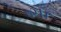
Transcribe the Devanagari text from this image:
७२।।